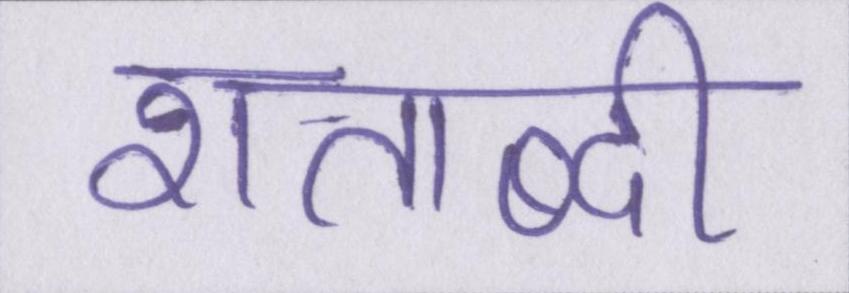
शताब्दी